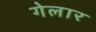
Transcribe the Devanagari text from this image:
गेलार